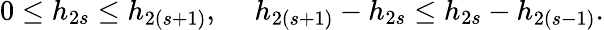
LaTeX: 0\leq h_{2s}\leq h_{2(s+1)},~~~~~h_{2(s+1)}-h_{2s}\leq h_{2s}-h_{2(s-1)}.